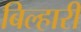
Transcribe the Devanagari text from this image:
बिल्हारी